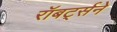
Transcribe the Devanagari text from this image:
रॉबर्ट्सने